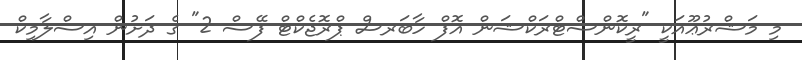
މި މަޝްރުޢޫއަކީ "ރީކޮންސްޓްރަކްޝަން އޮފް ހާބަރސް ޕްރޮޖެކްޓް ފޭސް-2" ގެ ދަށުން އިސްލާމިކް